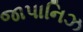
જાપાનિઝ